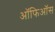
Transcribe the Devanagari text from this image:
ऑफिऑस